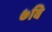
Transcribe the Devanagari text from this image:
७वि